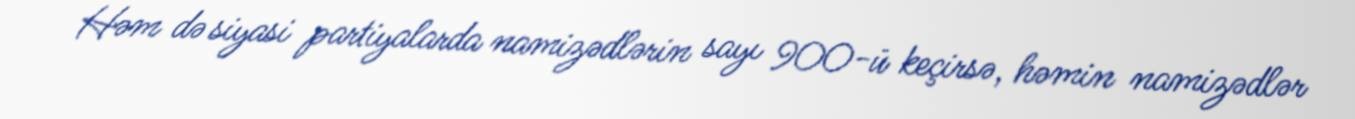
Həm də siyasi partiyalarda namizədlərin sayı 900-ü keçirsə, həmin namizədlər